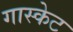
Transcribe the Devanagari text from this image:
गास्केट